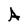
Character: A